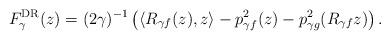
LaTeX: \begin{align*}F_{\gamma}^{\rm{DR}}(z)=(2\gamma)^{-1}\left(\langle R_{\gamma f}(z),z\rangle-p_{\gamma f}^2(z)-p_{\gamma g}^2(R_{\gamma f}z)\right).\end{align*}